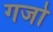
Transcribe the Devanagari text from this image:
गजो